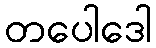
တပေါဒေါ